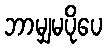
ဘာမျှမပိုပေ